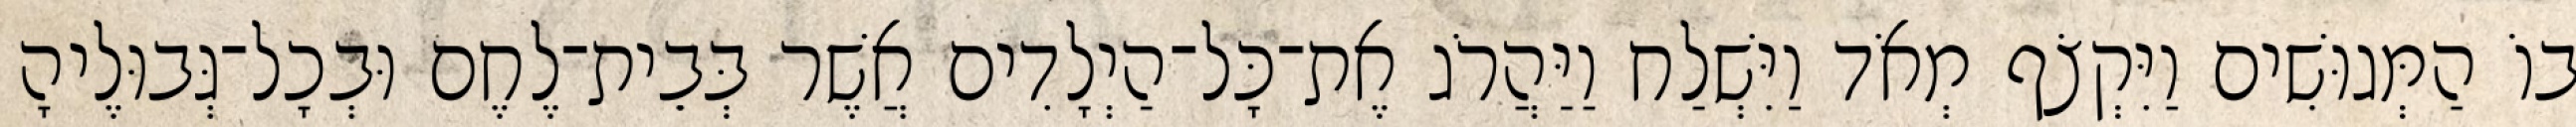
בוֹ הַמְּגוּשִׁים וַיִּקְצֹף מְאֹד וַיִּשְׁלַח וַיַּהֲרֹג אֶת־כָּל־הַיְלָדִים אֲשֶׁר בְּבֵית־לֶחֶם וּבְכָל־גְּבוּלֶיהָ